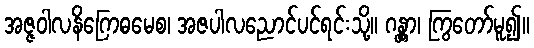
အဇ္ဇဝါလနိဂြောဓမေစ၊ အဇပါလညောင်ပင်ရင်းသို့။ ဂန္တွာ၊ ကြွတော်မူ၍။